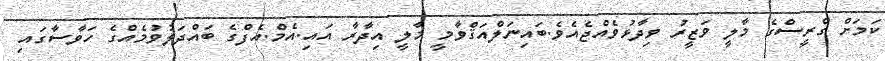
ކަމަށް ގްރީސްގެ މާލީ ވަޒީރު ވިދާޅުވެއްޖެއެވެ.ބައިނަލްއަޤްވާމީ މާލީ އިދާރާ އައި.އެމް.އެފްގެ ބައްދަލުވުމެއްގެ ހަވާސާގައި